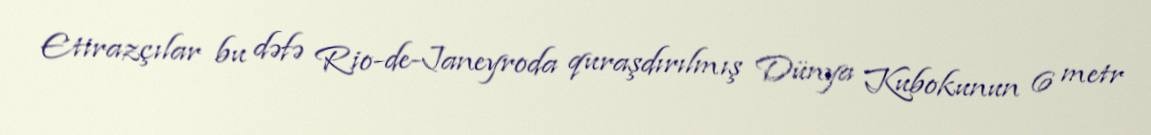
Etirazçılar bu dəfə Rio-de-Janeyroda quraşdırılmış Dünya Kubokunun 6 metr